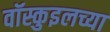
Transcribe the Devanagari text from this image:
वॉस्कुइलच्या